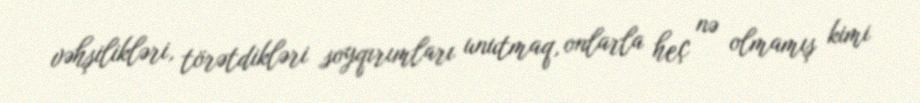
vəhşilikləri, törətdikləri soyqırımları unutmaq, onlarla heç nə olmamış kimi